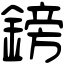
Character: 鎊